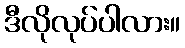
ဒီလိုလုပ်ပါလား။